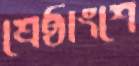
শ্রেষ্ঠাংশে